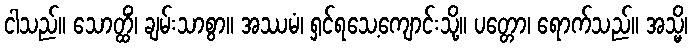
ငါသည်။ သောတ္ထိံ၊ ချမ်းသာစွာ။ အဿမံ၊ ရှင်ရသေ့ကျောင်းသို့။ ပတ္တော၊ ရောက်သည်။ အသ္မိ၊